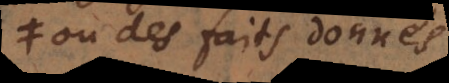
ou des faits donnés